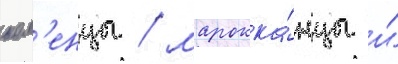
ием'енцы / марокка́нцы и́